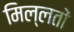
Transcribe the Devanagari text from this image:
मिल्लतों